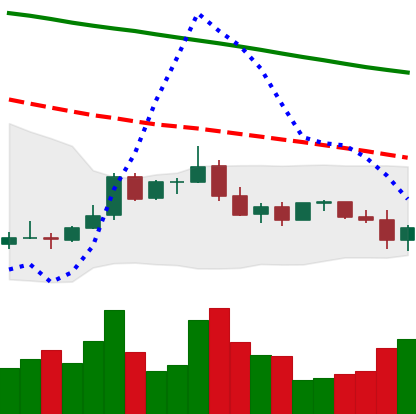
Ticker: ADA-USD
Chart end date: 2022-01-06
Forward return: -7.398%
Label: down_7plus